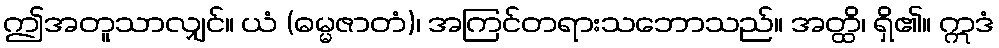
ဤအတူသာလျှင်။ ယံ (ဓမ္မဇာတံ)၊ အကြင်တရားသဘောသည်။ အတ္ထိ၊ ရှိ၏။ ဣဒံ